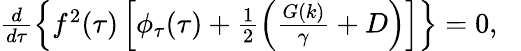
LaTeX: \begin{array}{r}{\frac{d}{d\tau}\left\{ f^{2}(\tau)\left[\phi_{\tau}(\tau)+\frac{1}{2}\left(\frac{G(k)}{\gamma}+D\right)\right]\right\} =0,\; \; \; }\end{array}